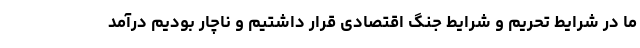
ما در شرایط تحریم و شرایط جنگ اقتصادی قرار داشتیم و ناچار بودیم درآمد